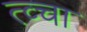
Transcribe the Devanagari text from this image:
त्व्चा